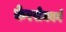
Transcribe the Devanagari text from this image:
केरसेनबर्ग